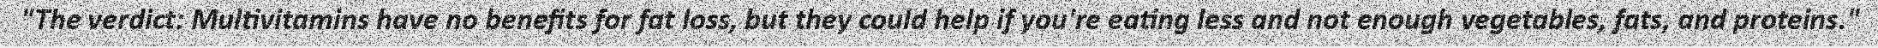
"The verdict: Multivitamins have no benefits for fat loss, but they could help if you're eating less and not enough vegetables, fats, and proteins."